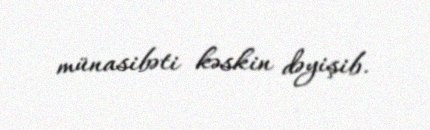
münasibəti kəskin dəyişib.